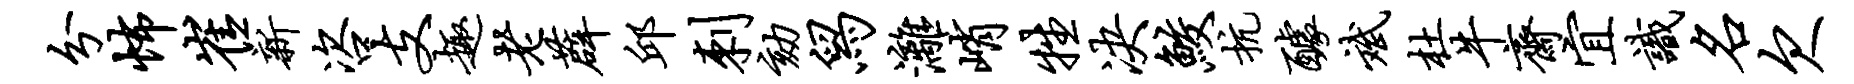
分怖崔新咨支趣老薜邱刺劾舄漓峭牲决鲛抗醵斌杜牛斋宜识名欠